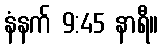
နံနက် 9:45 နာရီ။